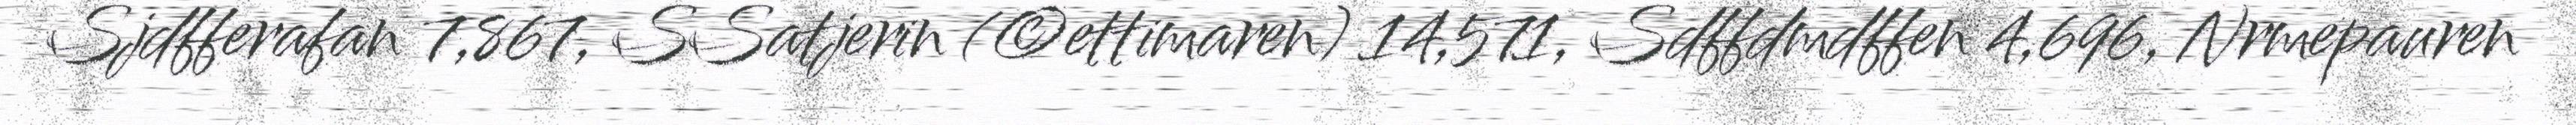
Sjdfferafan 7,867, SSatjerin (©ettimaren) 14,571, Sdffdmdffen 4,696, Nrmepauren